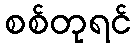
စစ်တုရင်